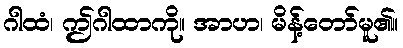
ဂါထံ၊ ဤဂါထာကို။ အာဟ၊ မိန့်တော်မူ၏။